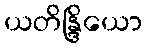
ယတိန္ဒြိယော